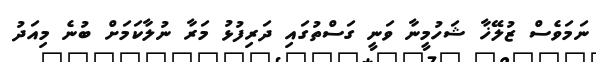
ނަމަވެސް ޒުލޭޚާ ޝަހުމީނާ ވަނީ ގަސްތުގައި ދަރިފުޅު މަރާ ނުލާކަމަށް ބުނެ މިއަދު